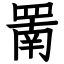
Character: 罱